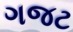
ગજટ